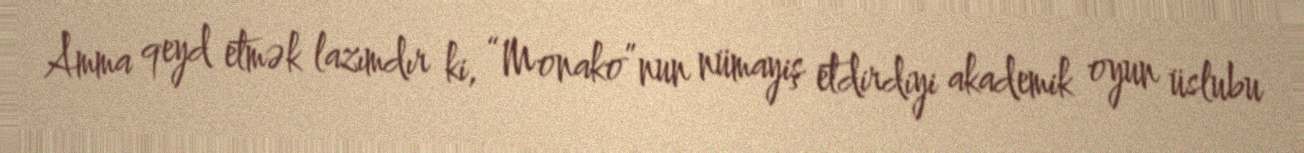
Amma qeyd etmək lazımdır ki, “Monako”nun nümayiş etdirdiyi akademik oyun üslubu